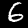
Digit: 6